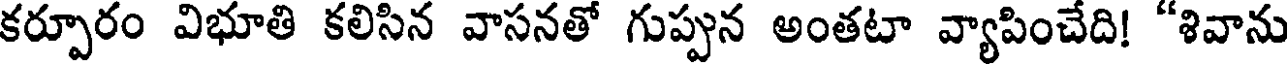
కర్పూరం విభూతి కలిసిన వాసనతో గుప్పున అంతటా వ్యాపించేది! "శివాను